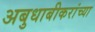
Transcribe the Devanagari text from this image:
अबुधाबीकरांच्या